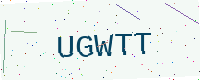
Text: UGWTT